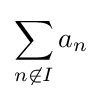
\sum _{n\not \in I}a_{n}